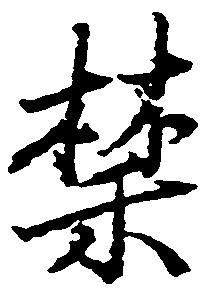
禁